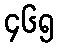
၄၆၅